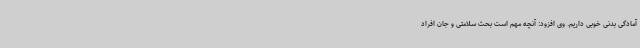
آمادگی بدنی خوبی داریم. وی افزود: آنچه مهم است بحث سلامتی و جان افراد